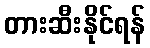
တားဆီးနိုင်ရန်